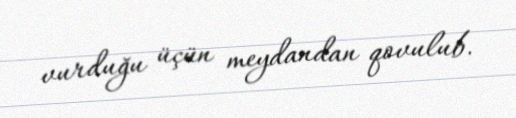
vurduğu üçün meydandan qovulub.